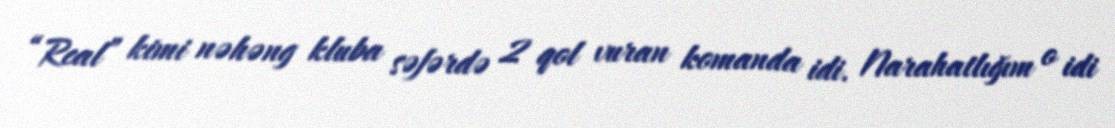
“Real” kimi nəhəng kluba səfərdə 2 qol vuran komanda idi. Narahatlığım o idi